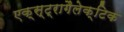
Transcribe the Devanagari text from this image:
एक्स्ट्रागैलेक्टिक